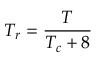
T _ { r } = { \frac { T } { T _ { c } + 8 } }